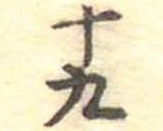
十九